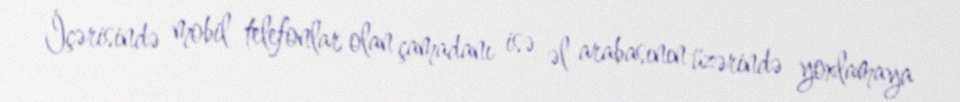
İçərisində mobil telefonlar olan çamadanı isə əl arabasının üzərində yoxlamaya